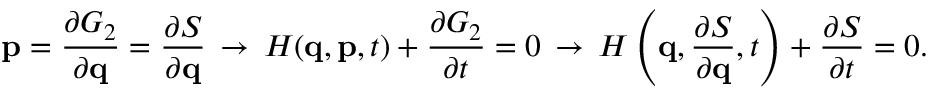
\mathbf { p } = { \frac { \partial G _ { 2 } } { \partial \mathbf { q } } } = { \frac { \partial S } { \partial \mathbf { q } } } \, \rightarrow \, H ( \mathbf { q } , \mathbf { p } , t ) + { \frac { \partial G _ { 2 } } { \partial t } } = 0 \, \rightarrow \, H \left( \mathbf { q } , { \frac { \partial S } { \partial \mathbf { q } } } , t \right) + { \frac { \partial S } { \partial t } } = 0 .